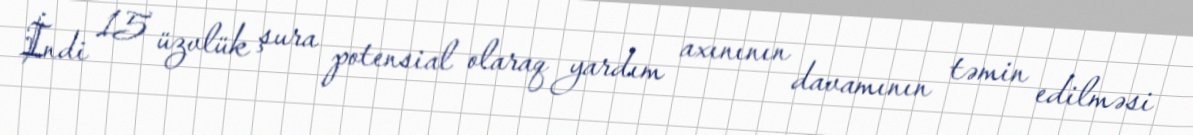
İndi 15 üzvlük şura potensial olaraq yardım axınının davamının təmin edilməsi